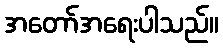
အတော်အရေးပါသည်။